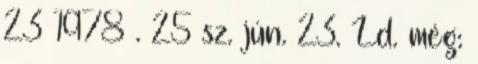
23 1978 . 25 sz. jún. 23. Ld. még: